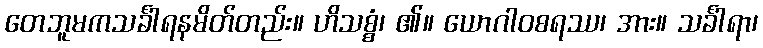
တေဘူမကသင်္ခါရနမိတ်တည်း။ ဟိသစ္စံ၊ ၏။ ယောဂါဝစရဿ၊ အား။ သင်္ခါရာ၊